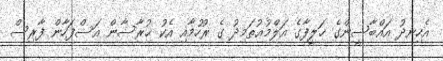
އެހިނދު އައްބާސީންގެ ޚަލީފާގެ އަލްމުޢުތަމިދު ގެ ރުހުމާއި އެކު ޚުރާސާން އަސްފަހާން ފާރިސް